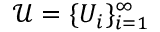
{ \mathcal { U } } = \{ U _ { i } \} _ { i = 1 } ^ { \infty }